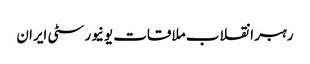
رہبر انقلاب ملاقات یونیورسٹی ایران